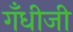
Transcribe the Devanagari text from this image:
गँधीजी